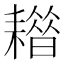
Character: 𦔡